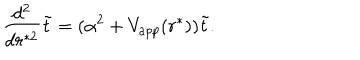
LaTeX: { \frac { d ^ { 2 } } { d r ^ { * 2 } } } \tilde { t } = ( \alpha ^ { 2 } + V _ { a p p } ( r ^ { * } ) ) \tilde { t } .